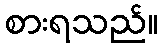
စားရသည်။